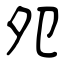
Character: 夗